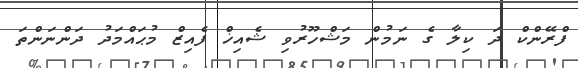
ފްރޭންކް ދަ ކިލާ ގެ ނަމުން މަޝްހޫރުވި ޝެއިޚް ފެއިޒް މުޙައްމަދު ދަންނަންތަ